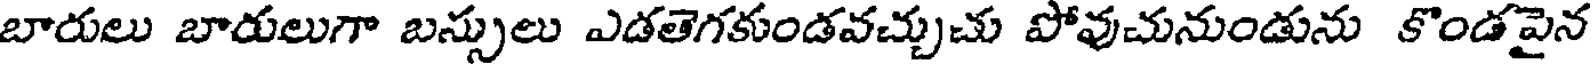
బారులు బారులుగా బస్సులు ఎడతెగకుండవచ్చుచు పోవుచునుండును కొండపైన